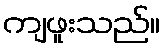
ကျဖူးသည်။